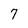
Character: 7